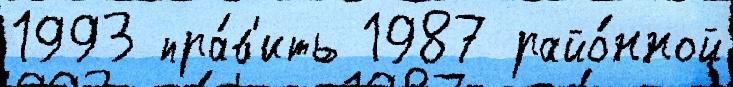
1993 пра́в'ить 1987 райо́нной